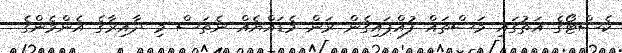
ކެސްޓޯގެ އަތުގައި މަސްތައް ފުއްޕައިގެން ރަން މެޑައްޔެއް ނެތަސް މި ދާއިރާގެ އެންމެންގެ